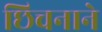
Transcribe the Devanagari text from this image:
छिचनाने